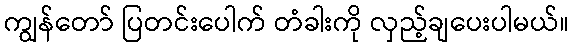
ကျွန်တော် ပြတင်းပေါက် တံခါးကို လှည့်ချပေးပါမယ်။